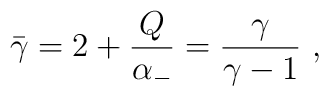
\bar{\gamma}= 2+ {Q\over\alpha_-}={\gamma\over \gamma-1}\ ,